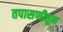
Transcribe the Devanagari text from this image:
तपासणीतून